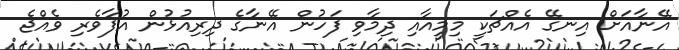
އޭނާއަށް އިނގޭ އެއްޗަކީ މިމީއާއި ދިމާވި ފަހުން އޭނާގެ ދިރިއުޅުން އުފާވެރި ވެއްޖެ